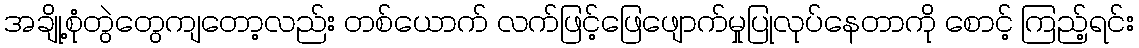
အချို့စုံတွဲတွေကျတော့လည်း တစ်ယောက် လက်ဖြင့်ဖြေဖျောက်မှုပြုလုပ်နေတာကို စောင့် ကြည့်ရင်း